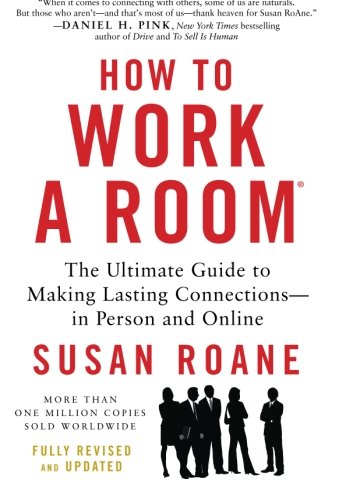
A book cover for How to Work a Room, 25th Anniversary Edition: The Ultimate Guide to Making Lasting Connections--In Person and Online; Susan RoAne; Business & Money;